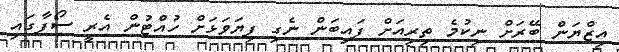
އިޒްޔަން ބޭރަށް ނިކުމެ ތިރިއަށް ފައިބަން ނެގި ފިޔަވަޅަށް ހުއްޓުން އެރީ ސޯފާގައި